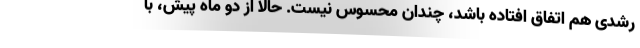
رشدی هم اتفاق افتاده باشد، چندان محسوس نیست. حالا از دو ماه پیش، با